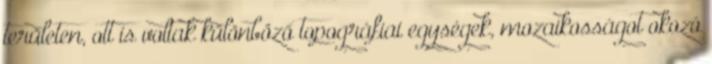
területen, ott is voltak különböző topográfiai egységek, mozaikosságot okozó